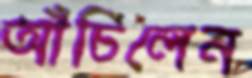
আঁচিলেন